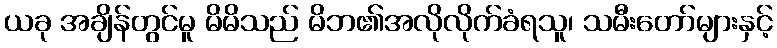
ယခု အချိန်တွင်မူ မိမိသည် မိဘ၏အလိုလိုက်ခံရသူ၊ သမီးတော်များနှင့်